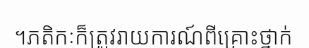
។ភតិកៈក៏ត្រូវរាយការណ៍ពីគ្រោះថ្នាក់